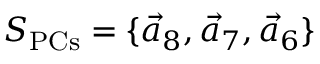
S _ { \mathrm { P C s } } = \{ \vec { a } _ { 8 } , \vec { a } _ { 7 } , \vec { a } _ { 6 } \}